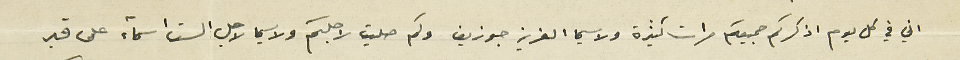
اني في كل يوم اذكركم جميعكم مرات كثيرة ولا سيما العزيز جوزيف ولكم صليت لاجلكم ولا سيما لاجل الست اسماء على قبر